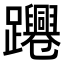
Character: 𨇫